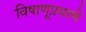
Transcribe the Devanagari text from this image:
विषाणूप्रमाणे